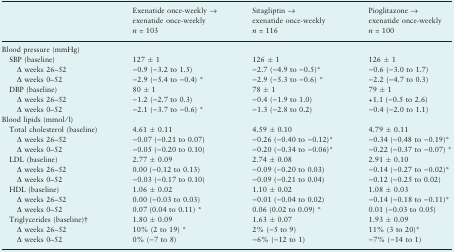
<table><thead><tr><td></td><td><b>Exenatide once-weekly → exenatide once-weekly <i>n</i> = 103</b></td><td><b>Sitagliptin → exenatide once-weekly <i>n</i>= 116</b></td><td><b>Pioglitazone → exenatide once-weekly <i>n</i> = 100</b></td></tr></thead><tbody><tr><td colspan="4">Blood pressure (mmHg)</td></tr><tr><td> SBP (baseline)</td><td>127 ± 1</td><td>126 ± 1</td><td>126 ± 1</td></tr><tr><td>Δ weeks 26–52</td><td>−0.9 (−3.2 to 1.5)</td><td>−2.7 (−4.9 to −0.5)*</td><td>−0.6 (−3.0 to 1.7)</td></tr><tr><td>Δ weeks 0–52</td><td>−2.9 (−5.4 to −0.4) *</td><td>−2.9 (−5.3 to −0.6) *</td><td>−2.2 (−4.7 to 0.3)</td></tr><tr><td> DBP (baseline)</td><td>80 ± 1</td><td>78 ± 1</td><td>79 ± 1</td></tr><tr><td>Δ weeks 26–52</td><td>−1.2 (−2.7 to 0.3)</td><td>−0.4 (−1.9 to 1.0)</td><td>+1.1 (−0.5 to 2.6)</td></tr><tr><td>Δ weeks 0–52</td><td>−2.1 (−3.7 to −0.6) *</td><td>−1.3 (−2.8 to 0.2)</td><td>−0.4 (−2.0 to 1.1)</td></tr><tr><td colspan="4">Blood lipids (mmol/l)</td></tr><tr><td> Total cholesterol (baseline)</td><td>4.61 ± 0.11</td><td>4.59 ± 0.10</td><td>4.79 ± 0.11</td></tr><tr><td>Δ weeks 26–52</td><td>−0.07 (−0.21 to 0.07)</td><td>−0.26 (−0.40 to −0.12)*</td><td>−0.34 (−0.48 to −0.19)*</td></tr><tr><td>Δ weeks 0–52</td><td>−0.05 (−0.20 to 0.10)</td><td>−0.20 (−0.34 to −0.06)*</td><td>−0.22 (−0.37 to −0.07) *</td></tr><tr><td> LDL (baseline)</td><td>2.77 ± 0.09</td><td>2.74 ± 0.08</td><td>2.91 ± 0.10</td></tr><tr><td>Δ weeks 26–52</td><td>0.00 (−0.12 to 0.13)</td><td>−0.09 (−0.20 to 0.03)</td><td>−0.14 (−0.27 to −0.02)*</td></tr><tr><td>Δ weeks 0–52</td><td>−0.03 (−0.17 to 0.10)</td><td>−0.09 (−0.21 to 0.04)</td><td>−0.12 (−0.25 to 0.02)</td></tr><tr><td> HDL (baseline)</td><td>1.06 ± 0.02</td><td>1.10 ± 0.02</td><td>1.08 ± 0.03</td></tr><tr><td>Δ weeks 26–52</td><td>0.00 (−0.03 to 0.03)</td><td>−0.01 (−0.04 to 0.02)</td><td>−0.14 (−0.18 to −0.11)*</td></tr><tr><td>Δ weeks 0–52</td><td>0.07 (0.04 to 0.11) *</td><td>0.06 (0.02 to 0.09) *</td><td>0.01 (−0.03 to 0.05)</td></tr><tr><td> Triglycerides (baseline)†</td><td>1.80 ± 0.09</td><td>1.63 ± 0.07</td><td>1.93 ± 0.09</td></tr><tr><td>Δ weeks 26–52</td><td>10% (2 to 19) *</td><td>2% (−5 to 9)</td><td>11% (3 to 20)*</td></tr><tr><td>Δ weeks 0–52</td><td>0% (−7 to 8)</td><td>−6% (−12 to 1)</td><td>−7% (−14 to 1)</td></tr></tbody></table>